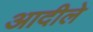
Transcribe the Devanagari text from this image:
आदीले